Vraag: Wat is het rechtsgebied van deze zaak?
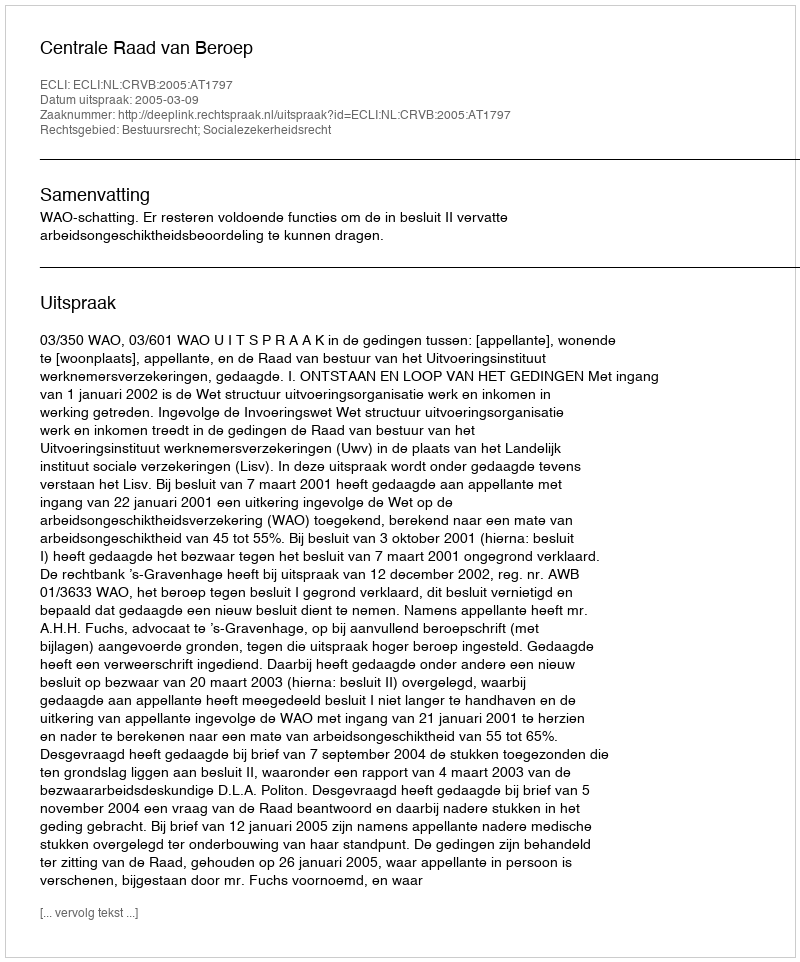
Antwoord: Bestuursrecht; Socialezekerheidsrecht